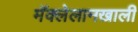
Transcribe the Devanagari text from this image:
मॅक्लेलानखाली